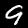
Label: 9